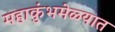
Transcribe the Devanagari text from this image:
महाकुंभमेळ्यात